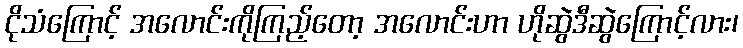
ငိုသံကြောင့် အလောင်းကိုကြည့်တော့ အလောင်းဟာ ဟိုဆွဲဒီဆွဲကြောင့်လား၊